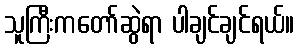
သူကြီးကတော်ဆွဲရာ ပါချင်ချင်ရယ်။